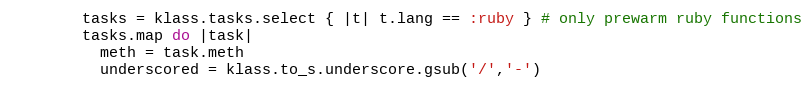
Language: Ruby
        tasks = klass.tasks.select { |t| t.lang == :ruby } # only prewarm ruby functions
        tasks.map do |task|
          meth = task.meth
          underscored = klass.to_s.underscore.gsub('/','-')